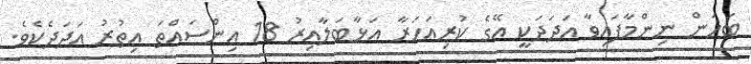
ބަހަން ނިންމާފައިވާ އަދަދަކީ އޭގެ ކުރިއަހަރާ އަޅާބަލާއިރު 18 އިންސައްތަ އިތުރު އަދަދެކެވެ.